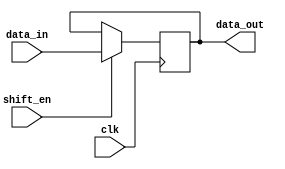
module shift_register (
    input clk,
    input shift_en,
    input [7:0] data_in,
    output reg [7:0] data_out
);

reg [7:0] shift_reg;

always @(posedge clk) begin
    if (shift_en) begin
        // Shift data in
        shift_reg <= {shift_reg[6:0], data_in};
    end
end

assign data_out = shift_reg;

endmodule